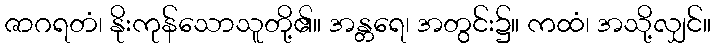
ဇာဂရတံ၊ နိုးကုန်သောသူတို့၏။ အန္တရေ၊ အတွင်း၌။ ကထံ၊ အသို့လျှင်။